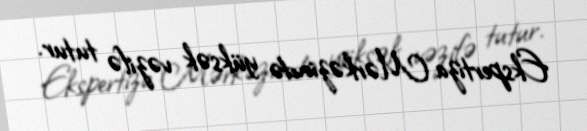
Ekspertiza Mərkəzində yüksək vəzifə tutur.